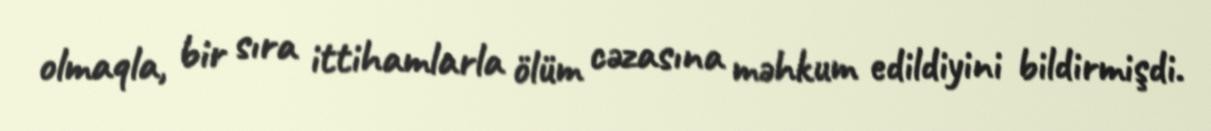
olmaqla, bir sıra ittihamlarla ölüm cəzasına məhkum edildiyini bildirmişdi.